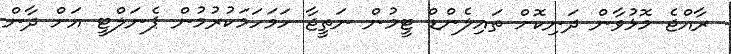
ރާއްޖެ މޮޅުވާން ދަނިކޮށް ތައިލެންޑް ޓީމުން ނަތީޖާ ހަމަހަމަކުރުމުން ޕެނަލްޓީ އަށް ދާން